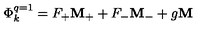
\Phi _ { k } ^ { q = 1 } = F _ { + } { \bf M } _ { + } + F _ { - } { \bf M } _ { - } + g { \bf M }